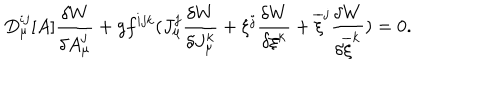
D _ { \mu } ^ { i j } [ A ] \frac { \delta W } { \delta A _ { \mu } ^ { j } } + g f ^ { i j k } ( J _ { \mu } ^ { j } \frac { \delta W } { \delta J _ { \mu } ^ { k } } + \xi ^ { j } \frac { \delta W } { \delta \xi ^ { k } } + \overline { { { \xi } } } ^ { j } \frac { \delta W } { \delta \overline { { { \xi } } } ^ { k } } ) = 0 .